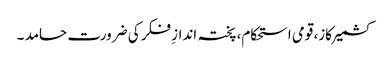
کشمیر کاز، قومی استحکام، پختہ اندازِ فکر کی ضرورت حامد ۔